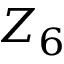
Z _ { 6 }